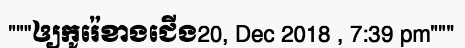
"""ឲ្យកូរ៉េខាងជើង20, Dec 2018 , 7:39 pm"""